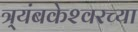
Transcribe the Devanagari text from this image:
त्र्यंबकेश्‍वरच्या